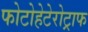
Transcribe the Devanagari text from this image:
फोटोहेटेरोट्राफ